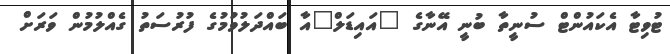
ޓުވިޓާ އެކައުންޓް ސުނީތާ ބުނީ އޭނާގެ "އައިޑަލް"އާ ބައްދަލުވުމުގެ ފުރުސަތު ގެއްލުމުން ވަރަށް